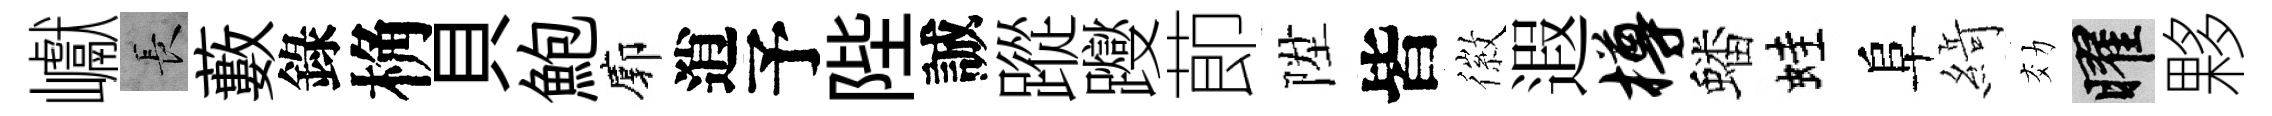
巘长藪錄桷貝鮑廓逍予陛誠蹤躞莭陞皆徽遐樽蟠蛙阜𦂶効曜夥